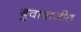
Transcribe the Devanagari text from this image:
बुवाबाजीत